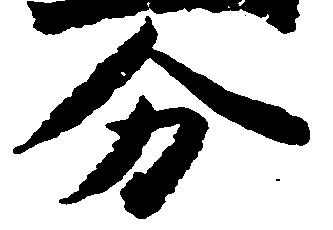
分